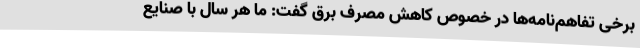
برخی تفاهم‌نامه‌ها در خصوص کاهش مصرف برق گفت: ما هر سال با صنایع